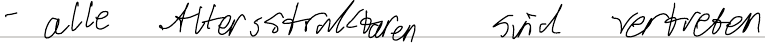
- alle Altersstrukturen sind vertreten